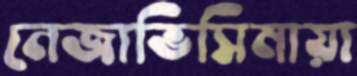
নেজাভিসিমায়া